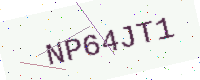
Text: NP64JT1